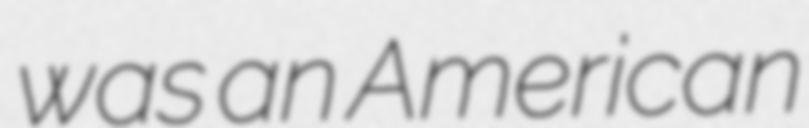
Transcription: was an American